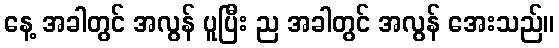
နေ့ အခါတွင် အလွန် ပူပြီး ည အခါတွင် အလွန် အေးသည်။